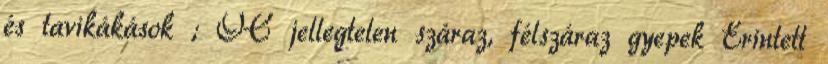
és tavikákások ; OC jellegtelen száraz, félszáraz gyepek Érintett